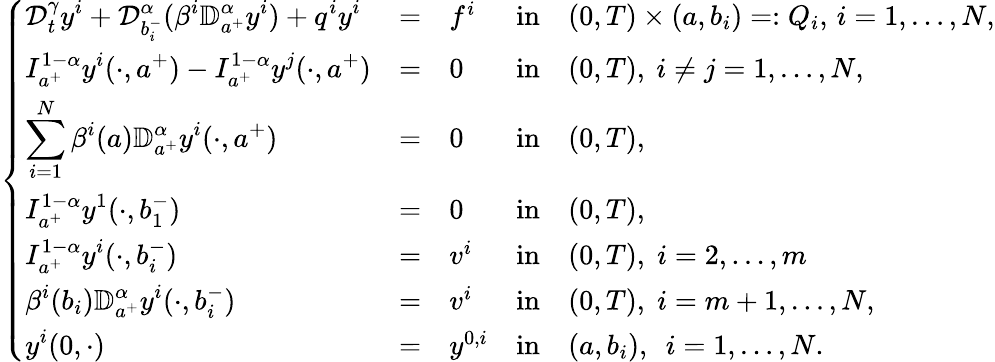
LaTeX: \left\{ \begin{array}{lllllllllllllllll}{\displaystyle{\mathcal D}_{t}^{\gamma}y^{i}+\mathcal{D}_{b_{i}^{-}}^{\alpha}(\beta^{i}\mathbb{D}_{a^{+}}^{\alpha}y^{i})+q^{i}y^{i}}&{=}&{f^{i}}&{\mathrm{in}}&{{(0,T)\times(a,b_{i})}=:Q_{i},\, i=1,\dots,N,}\\ {\displaystyle I_{a^{+}}^{1-\alpha}y^{i}(\cdot,a^{+})-I_{a^{+}}^{1-\alpha}y^{j}(\cdot,a^{+})}&{=}&{0}&{\mathrm{in}}&{(0,T),~i\neq j=1,\dots,N,}\\ {\displaystyle\sum_{i=1}^{N}\beta^{i}(a)\mathbb{D}_{a^{+}}^{\alpha}y^{i}(\cdot,a^{+})}&{=}&{0}&{\mathrm{in}}&{(0,T),}\\ {\displaystyle I_{a^{+}}^{1-\alpha}y^{1}(\cdot,b_{1}^{-})}&{=}&{0}&{\mathrm{in}}&{(0,T),}\\ {\displaystyle I_{a^{+}}^{1-\alpha}y^{i}(\cdot,b_{i}^{-})}&{=}&{v^{i}}&{\mathrm{in}}&{(0,T),\; i=2,\dots,m}\\ {\displaystyle\beta^{i}(b_{i})\mathbb{D}_{a^{+}}^{\alpha}y^{i}(\cdot,b_{i}^{-})}&{=}&{v^{i}}&{\mathrm{in}}&{(0,T),\; i=m+1,\dots,N,}\\ {\displaystyle y^{i}(0,\cdot)}&{=}&{y^{0,i}}&{\mathrm{in}}&{(a,b_{i}),~~i=1,\dots,N.}\end{array}\right.